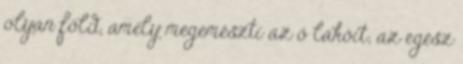
olyan föld, amely megemészti az ő lakóit; az egész